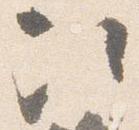
次